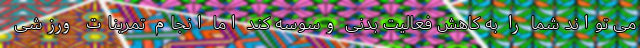
می تواند شما را به کاهش فعالیت بدنی وسوسه کند اما انجام تمرینات ورزشی